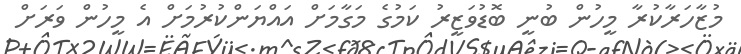
މުޒާހަރާކުރާ މީހުން ބުނީ ބޮޑުވަޒީރު ކަމުގެ މަގާމަށް އައްޔަންކުރުމަށް އެ މީހުން ވަރަށް